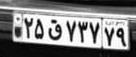
۲۵ق۷۳۷۷۹